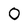
Character: O